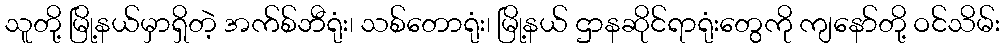
သူတို့ မြို့နယ်မှာရှိတဲ့ အက်စ်ဘီရုံး၊ သစ်တောရုံး၊ မြို့နယ် ဌာနဆိုင်ရာရုံးတွေကို ကျနော်တို့ ဝင်သိမ်း